Vaccination in Bombay 1869-1873 - 1869-1873
Year: 1869
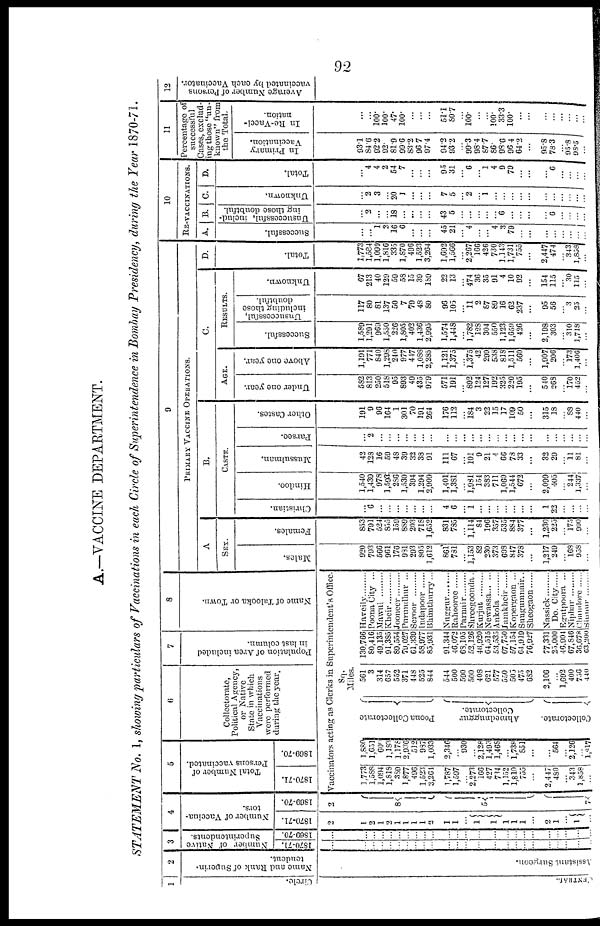
92
A.—VACCINE DEPARTMENT.
STATEMENT No. 1, showing particulars of Vaccinations in each Circle of Superintendence in Bombay Presidency, during the Year 1870-71.
1
Circle.
ENTRAD..
2
Name and Rank of Superin-
tendent.
As s i
s t
ant Sur geon.
3
Number of Native
Superintendents.
1870-71.
...
...
...
...
...
...
...
...
...
...
...
...
...
...
...
...
...
...
...
...
...
...
...
...
...
...
...
1869-70.
...
...
...
...
...
...
...
...
...
...
...
...
...
...
...
...
...
...
...
...
...
...
...
...
...
...
...
4
Number of Vaccina-
tors.
1870-71.
2
1
2
1
2
1
1
1
1
2
1
1
...
1
1
1
1
1
...
2
1
...
1
...
1869-70.
2
8
5
7
5
Total Number of
Persons vaccinated.
1870-71.
1869-70.
6
Collectorate,
Political Agency,
or Native
State in which
Vaccinations
were performed
during the year.
7
Population of Area included
in last column.
8
Name of Talooka or Town.
Vaccinators acting as Clerks in Superintendent's Office.
1,773
1,588
1,094
1,818
389
1,877
496
1,523
3,264
1,787
1,597
... 2,273
166
427
734
1,152
1,810
755
...
2,447
480
... 343
1,858
...
1,880
1,651
600
1,183
1,178
2,936
512
987
1,033
2,346
... 930
... 2,128
1,493
1,468
... 1,738
851
...
...
564
... 2,126
... 1,817
Poona Collectorate
Ahmednuggur
Collectorate.
Collectorate.
Sq.
Miles.
561
3
314
657
552
371
448
525
844
544
500
590
500
408
621
577
550
505
475
682
2,106
... 1,692
400
756
440
130,766
80,416
49,135
91,385
89,554
79,027
61,339
58,977
85,931
91,344
46,072
68,105
52,120
46,920
64,515
53,535
67,750
57,154
64,919
76,927
77,331
25,000
46,904
67,846
36,678
63,200
Haveily ..............
Poona City ...
Mawul ............
Kheir ..........
Jooneer ......
Purundhur ...
Seroor ..........
Indapoor
Bhimthurry...
Nuggur
Rahooree
Parnair
Shreegoonda .
Kurjut .........
Newassa
Ankola .........
Jamkheir
Kopergaon ...
Sungumnair..
Sheogaon
Nassick ......
Do. City
Egutpoora ...
Niphar
Chandore .......
Sinnur .......
9
PRIMARY VACCINE OPERATIONS.
A
SEX.
Males.
920
793
566
961
176
981
293
805
1,612
861
781
... 1,153
82
230
373
608
847
378
...
1,217
249
... 168
958
...
Females.
853
791
524
855
159
889
203
718
1,652
831
785
... 1,114
84
196
357
535
884
377
...
1,230
225
... 175
900
...
B.
CASTE.
Christian.
... 6
...
...
...
...
...
...
...
4
6
... 1
...
...
...
...
...
...
...
1
22
...
...
......
...
Hindoo.
1,540
1,439
978
1,593
286
1,530
394
1,294
2,909
1,401
1,381
... 1,981
154
383
711
1,060
1,544
672
...
2,099
405
... 244
1,337
...
Mussulman.
42
128
16
59
48
39
32
38
91
111
67
... 101
9
21
4
66
78
33
...
32
29
... 11
81
...
Parsee.
... 2
...
...
...
...
...
...
...
...
...
...
...
...
...
...
...
...
...
...
...
...
...
...
...
...
Other Castes.
191
9
96
164
1
301
70
191
264
176
112
... 184
3
22
15
17
109
50
...
315
18
... 88
440
...
C.
AGE.
Under one year.
582
813
250
518
95
893
49
435
979
571
191
... 892
124
127
192
325
220
195
...
540
268
... 170
452
...
Above one year.
1,191
771
840
1,298
240
977
447
1,088
2,285
1,121
1,375
... 1,375
42
299
538
818
1,511
560
...
1,907
206
... 173
1,406
...
RESULTS.
Successful.
1,589
1,291
969
1,550
226
1,805
402
1,436
2,995
1,574
1,448
... 1,782
128
304
550
1,123
l,659
426
...
2,198
303
... 310
1,718
...
Unsuccessful,
including those
doubtful.
117
80
81
137
50
7
79
48
80
96
105
... 11
2
87
89
16
62
237
...
95
56
... 3
25
...
Unknown.
67
213
40
129
59
58
15
39
189
22
13
... 474
36
35
91
4
10
92
...
154
115
... 30
115
...
D.
Total.
1,773
1,584
1,099
1,816
335
1,870
496
1,523
3,264
1,692
1,566
... 2,267
166
426
730
1,143
1,731
755
...
2,447
474
... 343
1,858
...
10
RE-VACCINATIONS.
A.
Successful.
...
... 1
2
16
6
...
...
...
45
21
... 4
...
... 4
3
79
...
...
...
...
...
...
...
...
B.
Unsuccessful, includ-
ing those doubtful.
... 2
...
...
18
...
...
...
...
43
5
...
...
...
...
... 6
...
...
...
...
6
...
...
...
...
C.
Unknown.
... 2
3
... 20
1
...
...
...
7
5
... 2
... 1
...
...
...
...
...
...
...
...
...
...
...
D.
Total.
... 4
4
2
54
7
...
...
...
95
31
... 6
... 1
4
9
79
...
...
...
6
...
...
...
...
11
Percentage of
successful
Cases, exclud-
ing those "un-
known" from
the Total.
In Primary
Vaccination.
93.1
84.6
92.2
92.
81.9
99.6
83.2
96.7
97.4
94.2
93.2
... 99.3
98.4
87.7
86.
98.6
96.4
64.2
...
95.8
78.3
...
95.8
98.5
...
In Re-Vacci¬
nation.
...
... 100.
100.
47.
100.
...
...
...
51.1
80.7
... 100.
...
... 100.
33.3
100.
...
...
...
... ... ...
...
...
12
Average Number of Persons
vaccinated by each Vaccinator.